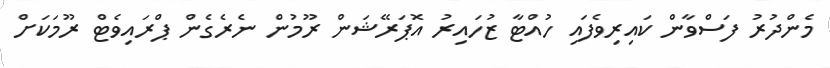
މެންދުރު ފަސްވާން ކައިރިވެފައި ހުއްޓާ ޒުހައިރު އޮޕަރޭޝަން ރޫމުން ނެރެެގެން ޕްރައިވެޓް ރޫމަކަށް